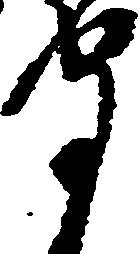
守